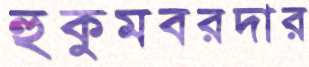
হুকুমবরদার